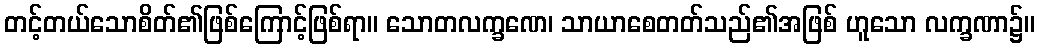
တင့်တယ်သောစိတ်၏ဖြစ်ကြောင့်ဖြစ်ရာ။ သောတလက္ခဏေ၊ သာယာစေတတ်သည်၏အဖြစ် ဟူသော လက္ခဏာ၌။